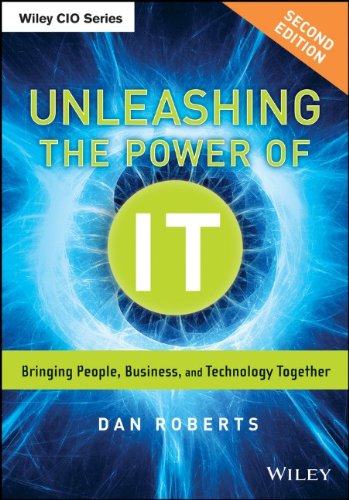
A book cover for Unleashing the Power of IT: Bringing People, Business, and Technology Together; Dan Roberts; Computers & Technology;